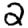
Digit: 2